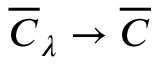
\overline { { { { \cal C } } } } _ { \lambda } \rightarrow \overline { { { { \cal C } } } }